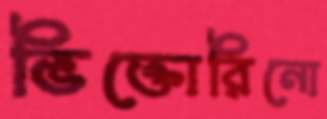
ভিক্তোরিনো